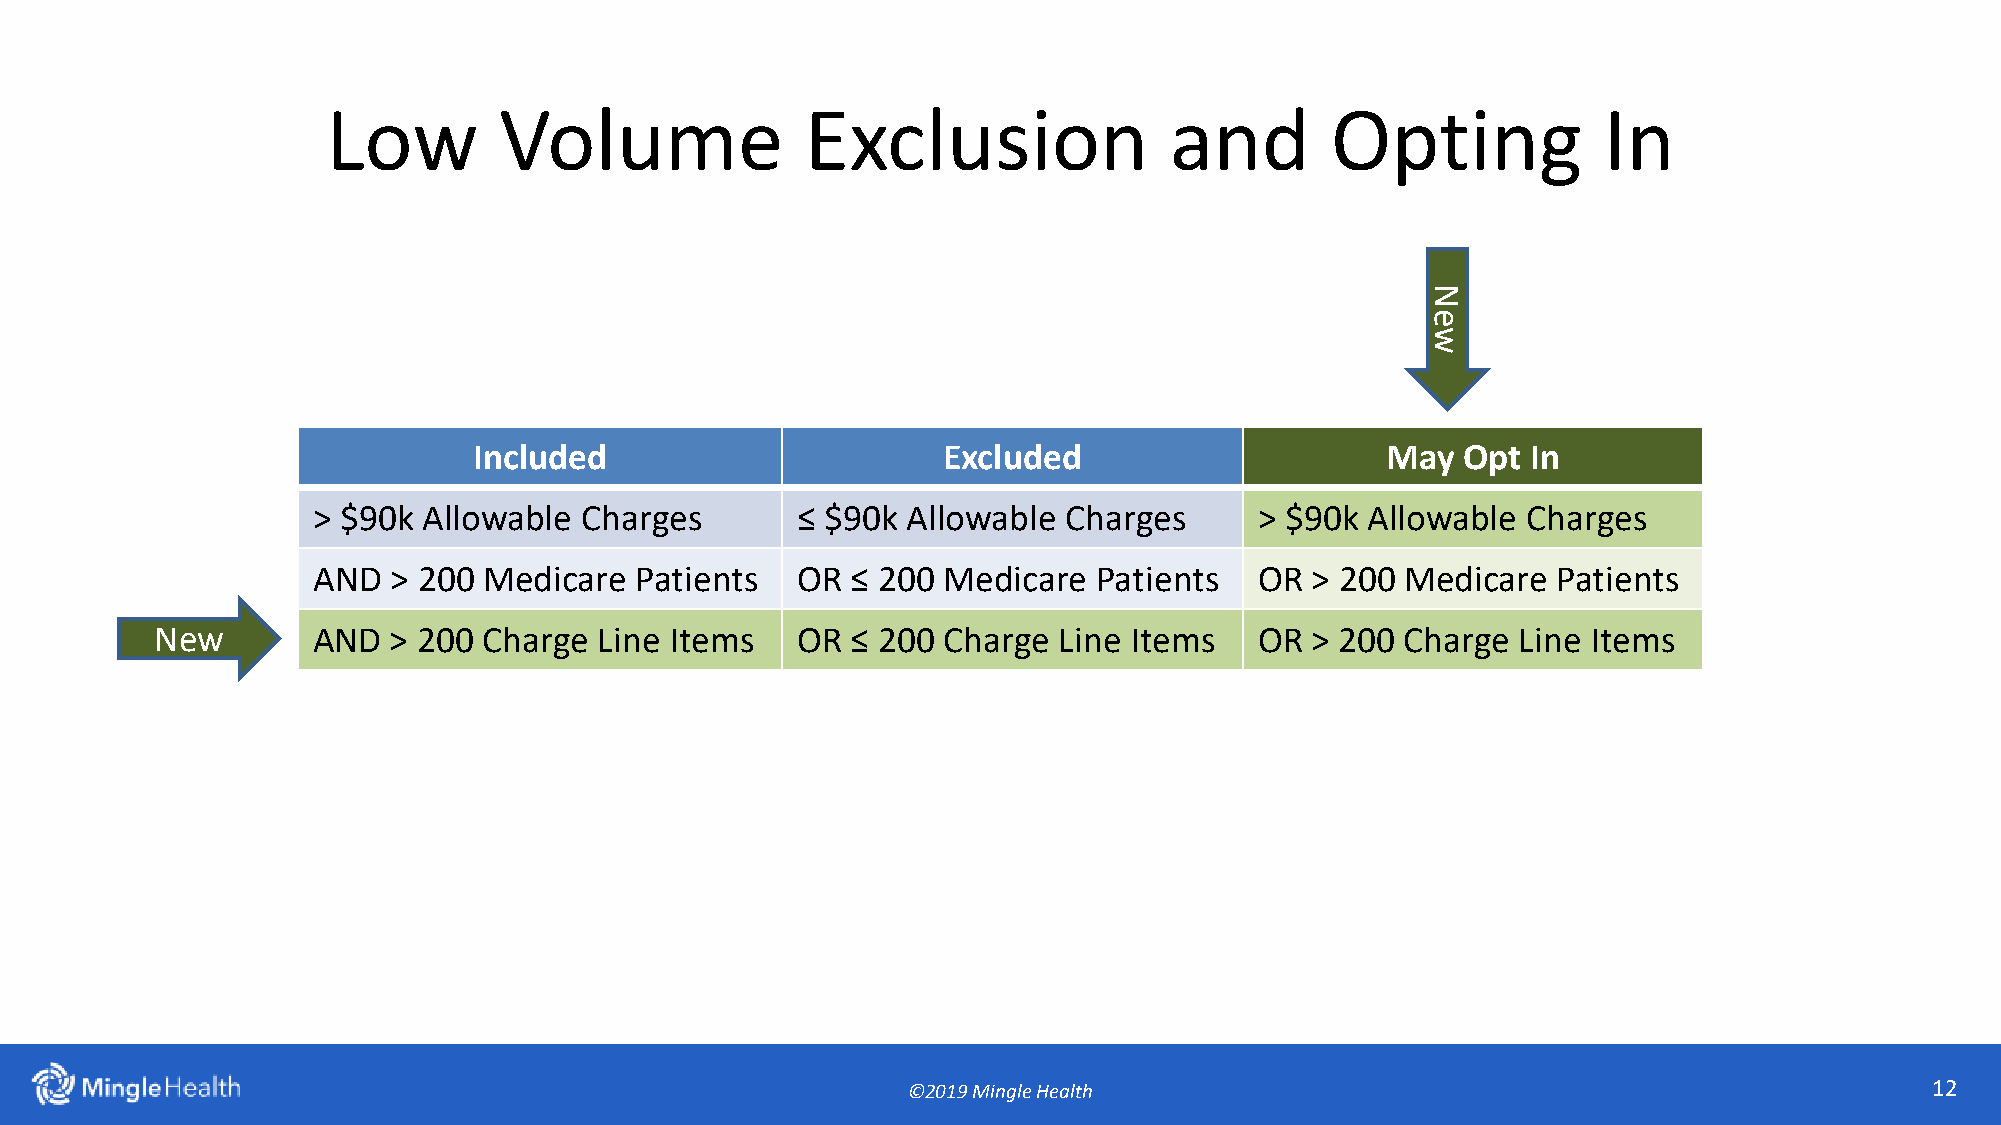
Low        Volume              Exclusion               and        Opting            In
 N
 e
 w
 Included                       Excluded                      May  Opt In
 > $90k Allowable Charges        ≤ $90k Allowable  Charges     > $90k  Allowable Charges
 AND  > 200 Medicare  Patients   OR ≤ 200 Medicare   Patients  OR  > 200 Medicare  Patients
 New        AND  > 200 Charge  Line Items   OR ≤ 200 Charge  Line Items   OR  > 200 Charge  Line Items
 ©2019 Mingle Health                                                 12